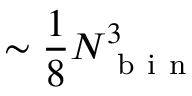
\sim \frac { 1 } { 8 } N _ { \mathrm { ~ b ~ i ~ n ~ } } ^ { 3 }